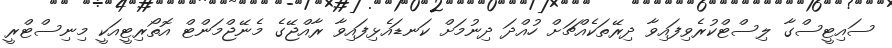
ސައިޓީސްގާ ލިސްޓްކުރެވިފައިވާ ދިރޭތަކެއްޗަށް ހުއްދަ ދިނުމަށް ކަނޑައެޅިފައިވާ ރާއްޖޭގެ މެނޭޖްމަންޓް އޮތޯރިޓީއަކީ މިނިސްޓްރީ